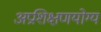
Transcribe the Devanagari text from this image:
अप्रशिक्षणयोग्य